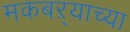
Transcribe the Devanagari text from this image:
मकबऱ्याच्या